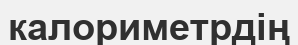
калориметрдің